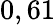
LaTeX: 0,61